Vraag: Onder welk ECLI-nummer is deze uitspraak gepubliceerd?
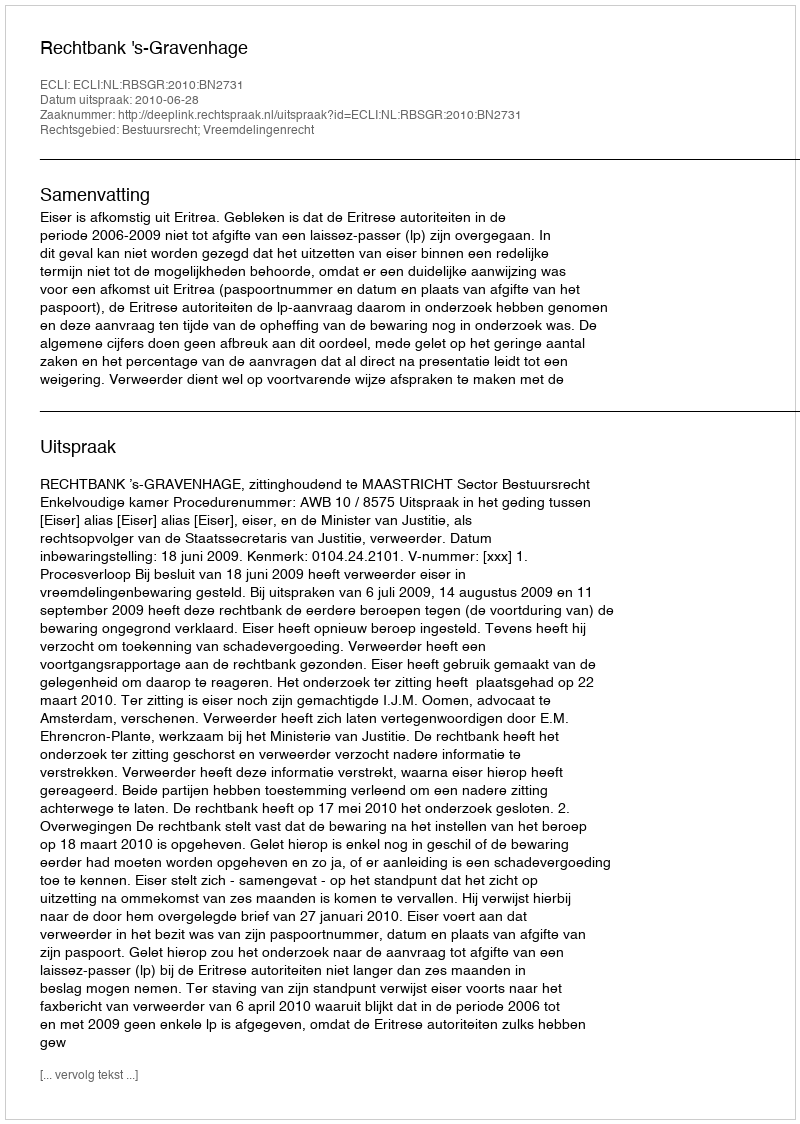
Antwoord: ECLI:NL:RBSGR:2010:BN2731